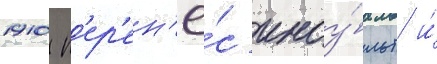
1910 п'ер'ен'ё́с инсу́льт и́